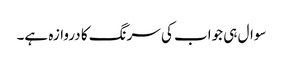
سوال ہی جواب کی سرنگ کا دروازہ ہے۔